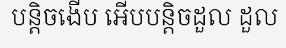
បន្តិចងើប អើបបន្តិចដួល ដួល